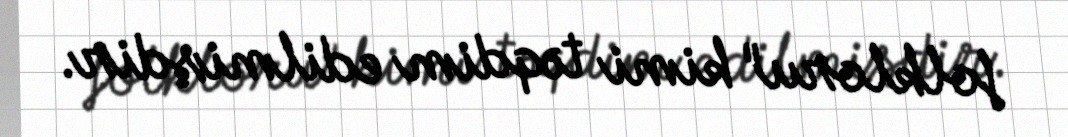
folkloru" kimi təqdim edilmişdir.